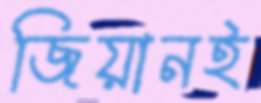
জিয়ানই